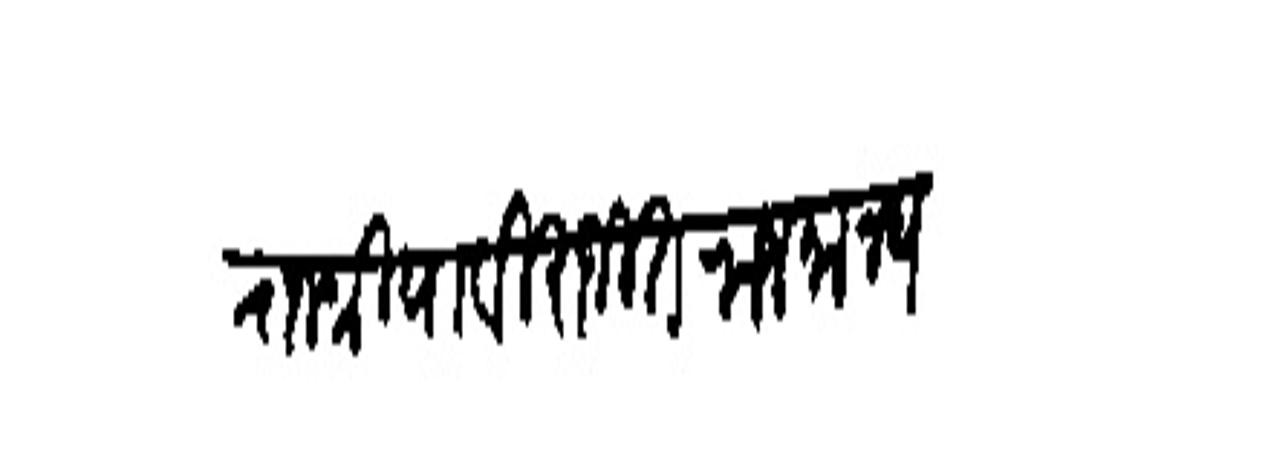
Transliteration (Devanagari): राजश्रिया विराजित राजमान्य